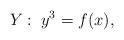
LaTeX: \begin{align*} Y:\; y^3 = f(x),\end{align*}